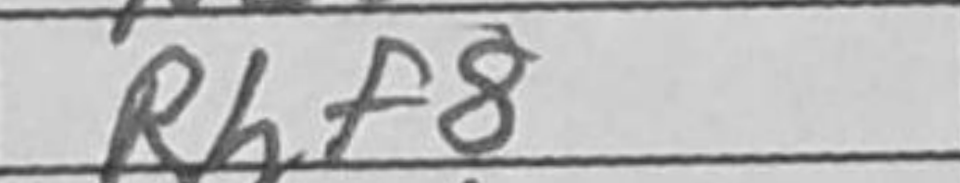
Transcription: Rhf8